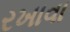
રખાવા